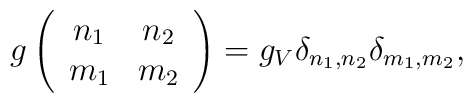
g\left(\begin{array}{cc}             n_1 & n_2 \\             m_1 & m_2       \end{array}\right)=g_{V}\delta_{n_1,n_2}\delta_{m_1,m_2},